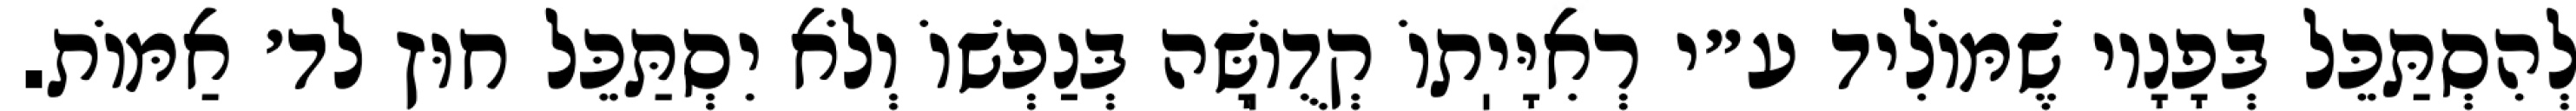
לְהִסְתַּכֵּל בְּפָנָיו שֶׁמּוֹלִיד ע״י רְאִיָּיֽתוֹ קְדֻוֽשָּׁה בְּנַפְשׁוֹ וְלֹא יִסְתַּכֵּל חוּץ לד׳ אַמּוֹת.